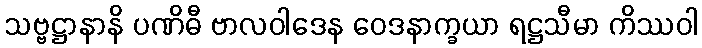
သဗ္ဗဋ္ဌာနာနိ ပဏိဓီ ဗာလဝါဒေန ဝေဒနာက္ခယာ ရဋ္ဌသီမာ ကိဿဝါ